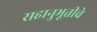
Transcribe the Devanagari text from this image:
सहानुभूतीचे